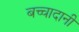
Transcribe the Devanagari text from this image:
बच्चादानी